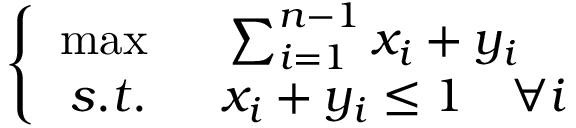
\left\{ \begin{array} { r l } { \operatorname* { m a x } \; \; } & { { } \sum _ { i = 1 } ^ { n - 1 } x _ { i } + y _ { i } } \\ { s . t . \; \; } & { { } x _ { i } + y _ { i } \leq 1 \quad \forall i } \end{array} \right.